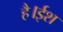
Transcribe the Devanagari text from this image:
है।ईश